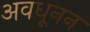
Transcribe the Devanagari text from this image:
अवधूनन